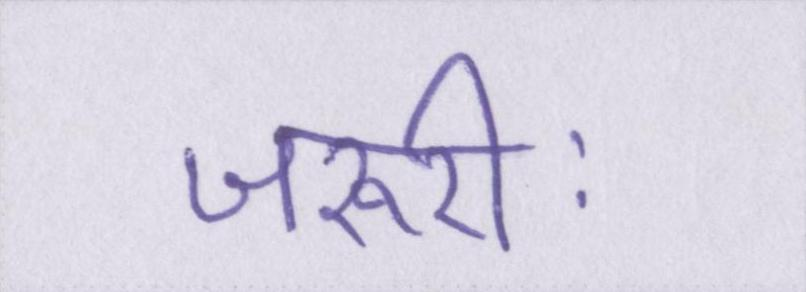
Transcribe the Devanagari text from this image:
जरूरीः